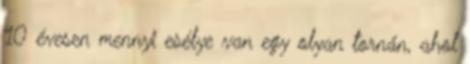
10 évesen mennyi esélye van egy olyan tornán, ahol